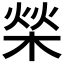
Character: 𣓳